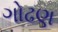
ગોઢણ